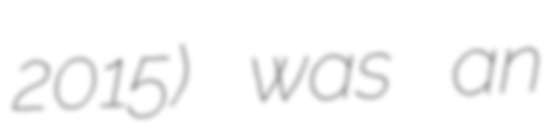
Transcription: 2015) was an